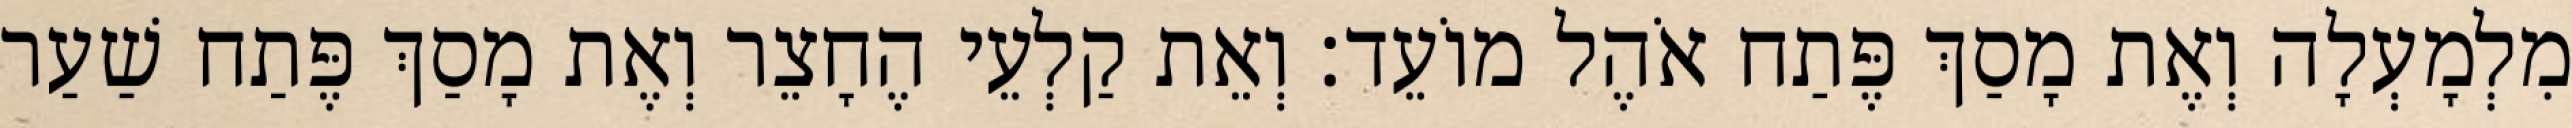
מִלְמָעְלָה וְאֶת מָסַךְ פֶּתַח אֹהֶל מוֹעֵד׃ וְאֵת קַלְעֵי הֶחָצֵר וְאֶת מָסַךְ פֶּתַח שַׁעַר